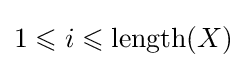
1\leqslant i\leqslant \operatorname {length} (X)